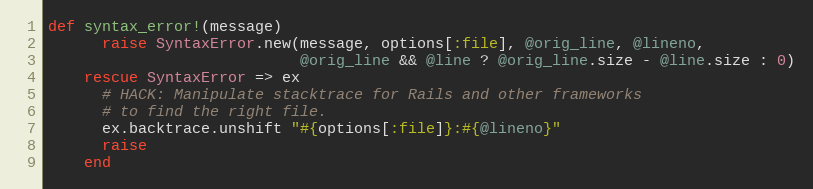
Language: Ruby
def syntax_error!(message)
      raise SyntaxError.new(message, options[:file], @orig_line, @lineno,
                            @orig_line && @line ? @orig_line.size - @line.size : 0)
    rescue SyntaxError => ex
      # HACK: Manipulate stacktrace for Rails and other frameworks
      # to find the right file.
      ex.backtrace.unshift "#{options[:file]}:#{@lineno}"
      raise
    end